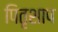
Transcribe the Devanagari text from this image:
पितृशाप